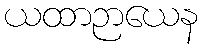
ယထာဉာယေန